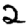
Digit: 2